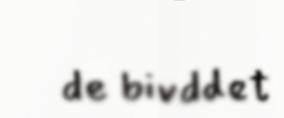
de bivddet